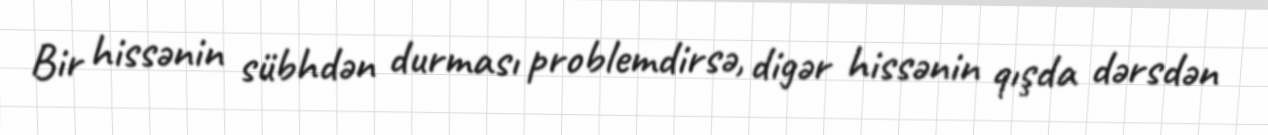
Bir hissənin sübhdən durması problemdirsə, digər hissənin qışda dərsdən